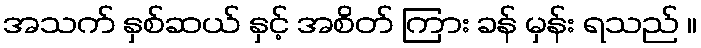
အသက် နှစ်ဆယ် နှင့် အစိတ် ကြား ခန် မှန်း ရသည် ။